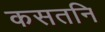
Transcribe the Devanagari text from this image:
कसतनि